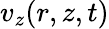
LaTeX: v_{z}(r,z,t)